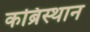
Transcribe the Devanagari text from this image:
कब्रिस्थान